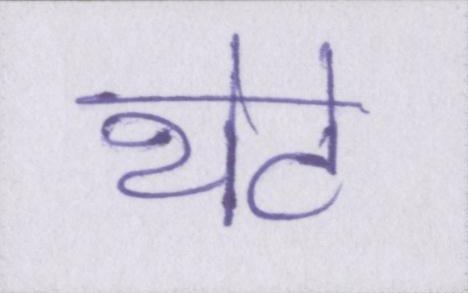
थेटे